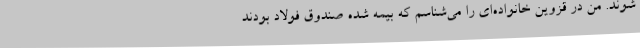
شوند. من در قزوین خانواده‌ای را می‌شناسم که بیمه شده صندوق فولاد بودند